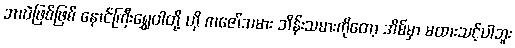
ဘာပဲဖြစ်ဖြစ် နောင်ကြီးရွှေဝါတို့ ဟို ကဇော်သမား ဘိန်းသမားကိုတော့ အိမ်မှာ မထားသင့်ပါဘူး